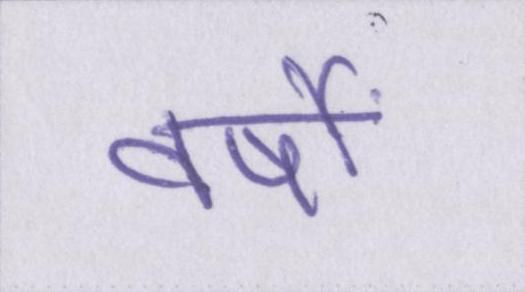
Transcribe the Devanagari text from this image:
वर्षों